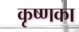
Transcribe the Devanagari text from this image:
कृष्णका